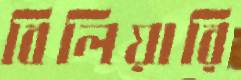
বিলিয়ারি